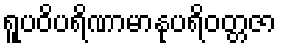
ရူပဝိပရိဏာမာနုပရိဝတ္တဇာ